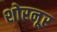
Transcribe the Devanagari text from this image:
शोरनूर